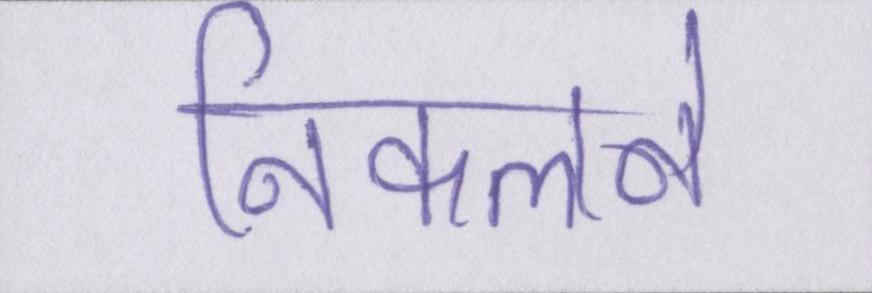
निकलने